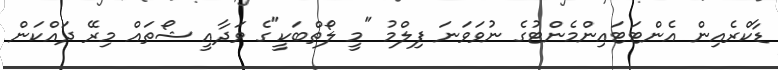
ޑާކްރެއިން އެންޓަޓައިންމެންޓުގެ ނުވަވަނަ ފިލްމު "މީ ލޯތްބަކީ"ގެ ވަދާއީ ޝޯތައް މިރޭ ދައްކަން